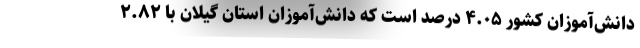
دانش‌آموزان کشور ۴.۰۵ درصد است که دانش‌آموزان استان گیلان با ۲.۸۲